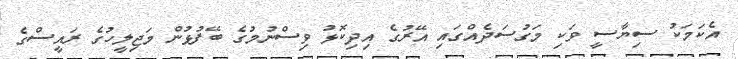
އެކަމަކު ސިޔާސީ ވަކި މަގުސަދެއްގައި އޭރުގެ އިދިކޮޅު ވިސްނުމުގެ ބޭފުޅުން މަޖިލީހުގެ ރައީސްގެ